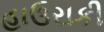
હાઉરાકી